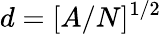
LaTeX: d=[A/N]^{1/2}